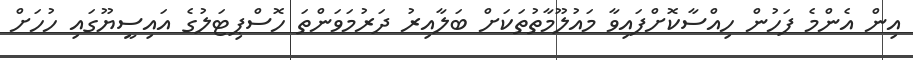
އިން އެންމެ ފަހުން ހިއްސާކޮށްފައިވާ މައުލޫމާތުތަކަށް ބަލާއިރު ދަރުމަވަންތަ ހޮސްޕިޓަލުގެ އައިސީޔޫގައި ހުހަށް